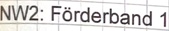
Text: NW2: Förderband 1